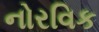
નોરવિક